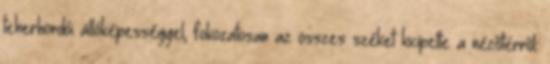
teherhordói állóképességgel, fokozatosan az összes széket kicipelte a nézőtérről.